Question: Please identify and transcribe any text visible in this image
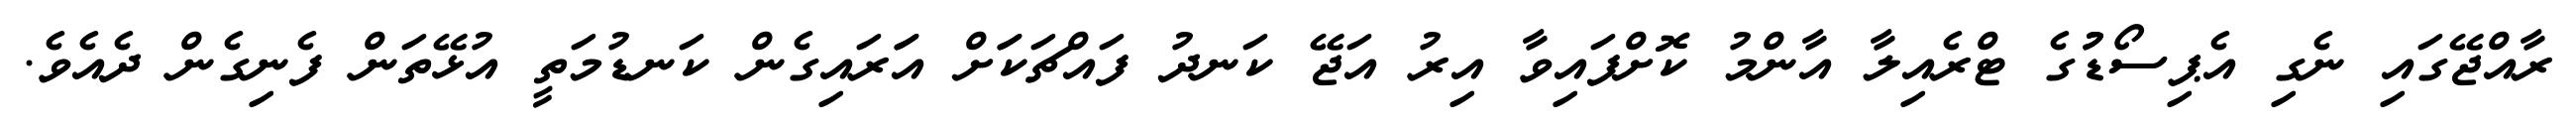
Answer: ރާއްޖޭގައި ނެގި އެޕިސޯޑުުގެ ޓްރެއިލާ އާންމު ކޮށްފައިވާ އިރު އަޖޭ ކަނދު ފައްޗަކަަށް އަަރައިގެން ކަނޑުމަތީ އުޅޭތަން ފެނިގެން ދެއެވެ.